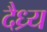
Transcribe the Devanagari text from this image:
दैध्र्य